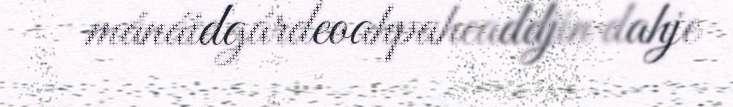
mánáidgárdeoahpaheaddjin dahje